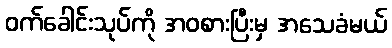
ဝက်ခေါင်းသုပ်ကို အဝစားပြီးမှ အသေခံမယ်